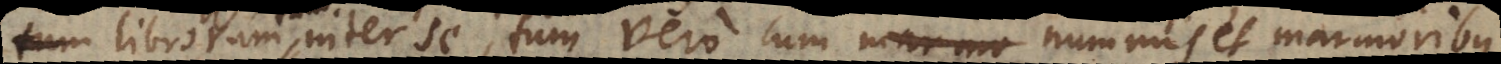
librorum tum inter se, tum vero cum nummis et marmoribus